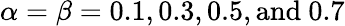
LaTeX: \alpha=\beta=0.1,0.3,0.5,\mathrm{{and}~0.7}